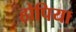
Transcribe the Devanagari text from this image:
होपिया